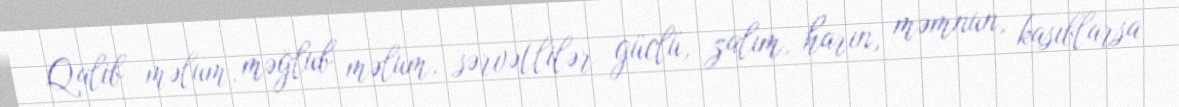
Qalib məlum, məğlub məlum, sərvətlilər güclü, zalım, harın, məmnun, kasıblarsa